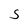
Character: S